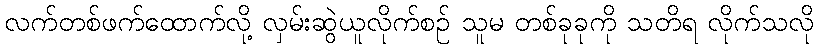
လက်တစ်ဖက်ထောက်လို့ လှမ်းဆွဲယူလိုက်စဉ် သူမ တစ်ခုခုကို သတိရ လိုက်သလို